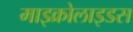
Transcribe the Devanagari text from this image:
माइक्रोलाइडस